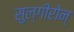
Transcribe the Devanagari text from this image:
सुल्गीरोन्